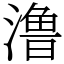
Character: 澛